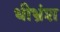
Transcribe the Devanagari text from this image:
धीभ्रंश